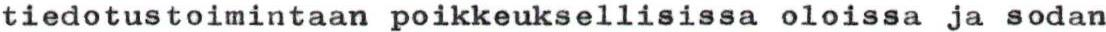
tiedotustoimintaan poikkeuksellisissa oloissa ja sodan